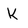
Character: K